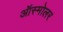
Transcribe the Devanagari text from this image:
ऑस्मोलर